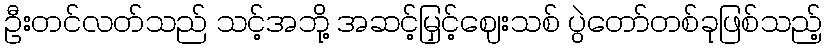
ဦးတင်လတ်သည် သင့်အဘို့ အဆင့်မြှင့်ဈေးသစ် ပွဲတော်တစ်ခုဖြစ်သည့်